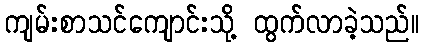
ကျမ်းစာသင်ကျောင်းသို့ ထွက်လာခဲ့သည်။